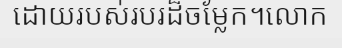
ដោយរបស់របរដ៏ចម្លែក។លោក